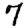
Digit: 7